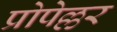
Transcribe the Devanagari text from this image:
प्रोपेल्लर